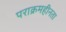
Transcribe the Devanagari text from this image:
पराक्रमहीनता